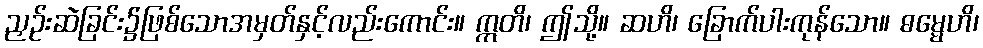
ညှဉ်းဆဲခြင်း၌ဖြစ်သောအမှတ်နှင့်လည်းကောင်း။ ဣတိ၊ ဤသို့။ ဆဟိ၊ ခြောက်ပါးကုန်သော။ ဓမ္မေဟိ၊